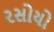
રસોયો